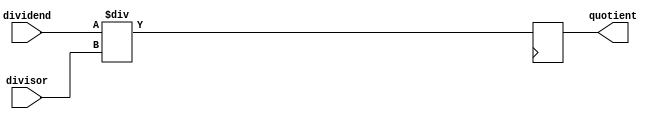
module pipelined_divider (
  input wire [31:0] dividend,
  input wire [31:0] divisor,
  output reg [31:0] quotient
);

reg [31:0] intermediate_result;

always @(*) begin
  intermediate_result <= dividend / divisor;
end

always @(posedge clk) begin
  quotient <= intermediate_result;
end

endmodule